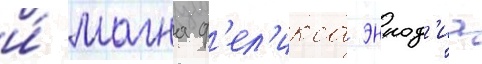
и́ магна ф'ел'икса эннод'иа